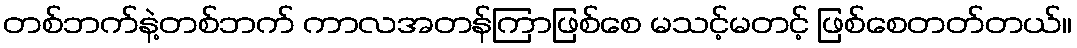
တစ်ဘက်နဲ့တစ်ဘက် ကာလအတန်ကြာဖြစ်စေ မသင့်မတင့် ဖြစ်စေတတ်တယ်။